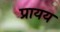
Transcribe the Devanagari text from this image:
प्रायय